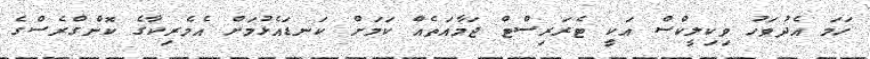
ހަމަ އެދުވަހު ވިކިލީކްސް އަކީ ޓެރަރިސްޓް ޖަމާއަތެއް ކަމަށް ކަނޑައެޅުމަށް އެމެރިކާގެ ކޮންގްރެސްގެ